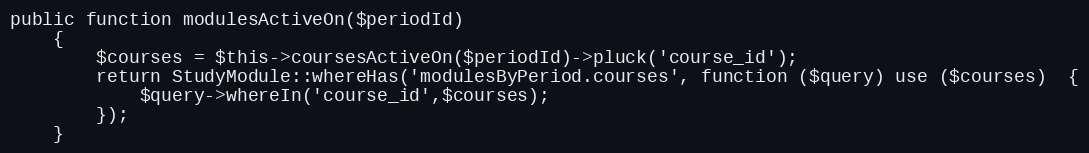
Language: PHP
public function modulesActiveOn($periodId)
    {
        $courses = $this->coursesActiveOn($periodId)->pluck('course_id');
        return StudyModule::whereHas('modulesByPeriod.courses', function ($query) use ($courses)  {
            $query->whereIn('course_id',$courses);
        });
    }